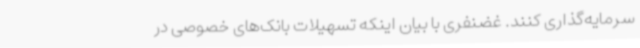
سرمایه‌گذاری کنند. غضنفری با بیان اینکه تسهیلات بانک‌های خصوصی در